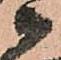
衛